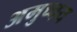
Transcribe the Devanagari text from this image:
अमुच्चय